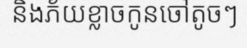
និងភ័យខ្លាចកូនចៅតូចៗ